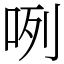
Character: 咧